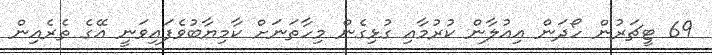
69 ޓީޗަރުން ހޯދަން އިއުލާން ކުރުމާއި ގުޅިގެން މިހާތަނަށް ކާމިޔާބުވެފައިވަނީ އޭގެ ތެރެއިން